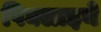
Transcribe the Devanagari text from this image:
पिघलाइये